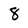
Character: 8